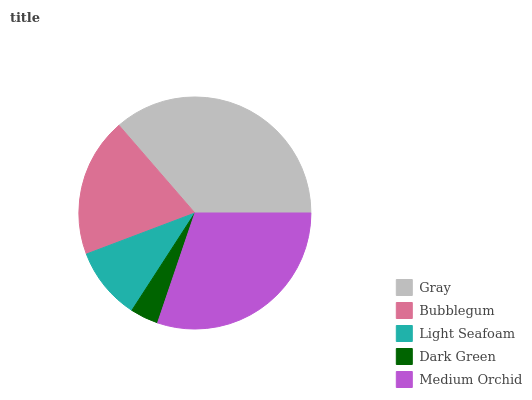
| Gray | Bubblegum | Light Seafoam | Dark Green | Medium Orchid |
 | --- | --- | --- | --- | --- |
 | 36.3% | 19.4% | 10.1% | 3.93% | 30.2% |